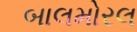
બાલમોરલ